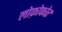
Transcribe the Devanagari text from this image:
लोफ़ोफोर